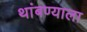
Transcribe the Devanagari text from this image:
थांबण्याला